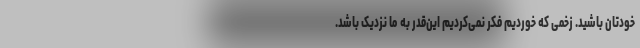
خودتان باشید. زخمی که خوردیم فکر نمی‌کردیم این‌قدر به ما نزدیک باشد.